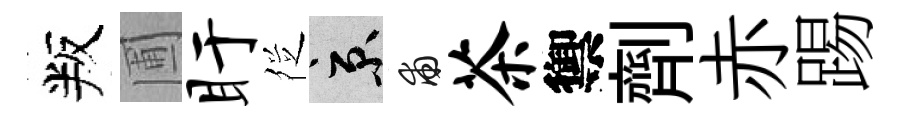
叛圃盱徔京甫茶禦劑赤踢